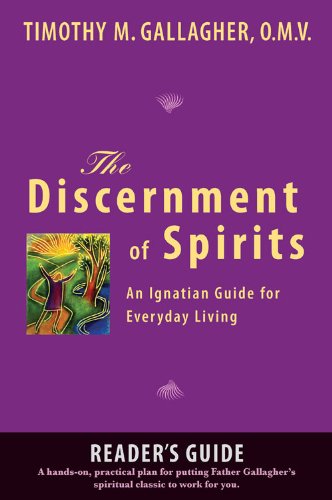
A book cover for The Discernment of Spirits: A Reader's Guide: An Ignatian Guide for Everyday Living; Timothy M. Gallagher OMV; Christian Books & Bibles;